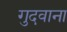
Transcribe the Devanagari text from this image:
गुदवाना